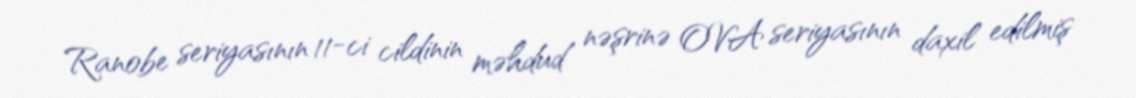
Ranobe seriyasının 11-ci cildinin məhdud nəşrinə OVA seriyasının daxil edilmiş